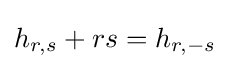
h_{r,s}+rs=h_{r,-s}